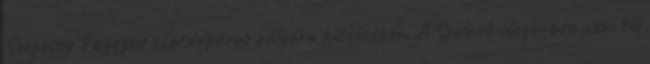
Szepessy-Faggyas csatárpáros pályára küldésében. A Szolnok idegenben nem túl